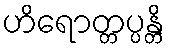
ဟိရောတ္တပ္ပန္တိ